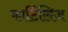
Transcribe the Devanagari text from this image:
कार्टिलिज